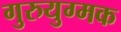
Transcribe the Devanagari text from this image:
गुरुयुग्मक